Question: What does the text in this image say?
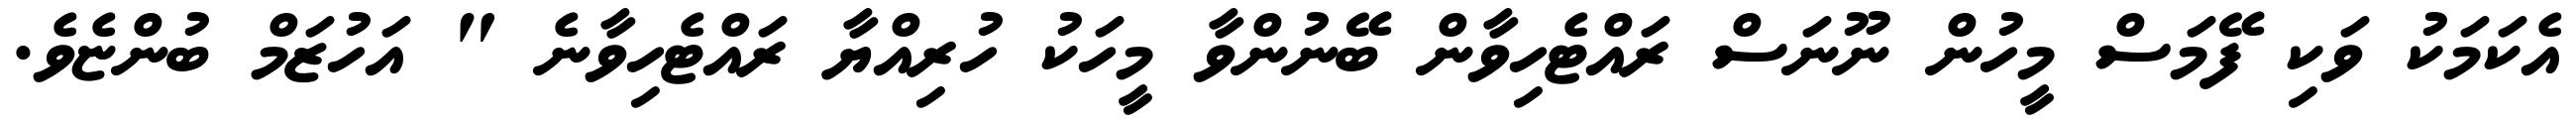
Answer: އެކަމަކު ވަކި ފޭމަސް މީހުން ނޫނަސް ރައްޓެހިވާން ބޭނުންވާ މީހަކު ހުރިއްޔާ ރައްޓެހިވާނެ " އަހުޒަމް ބުންޏެވެ.